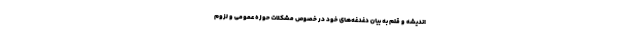
اندیشه و قلم به بیان دغدغه‌های خود در خصوص مشکلات حوزه عمومی و لزوم